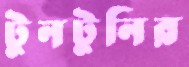
টুনটুনির